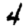
Digit: 4